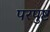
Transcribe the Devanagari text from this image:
परपुष्ट